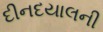
દીનદયાલની